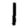
Digit: 1